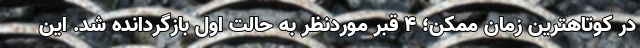
در کوتاهترین زمان ممکن؛ ۴ قبر موردنظر به حالت اول بازگردانده شد. این